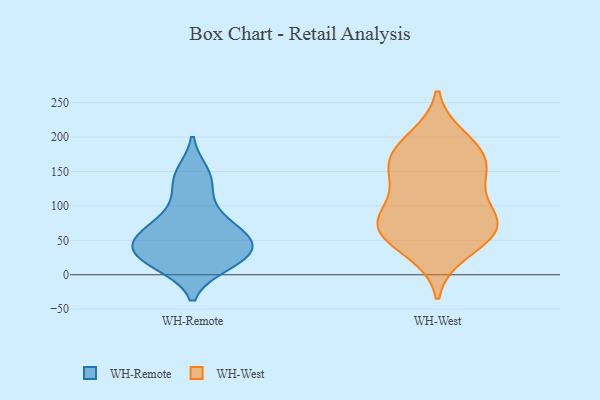
{"axis": {"x": "Page Views", "y": "Value"}, "legend": ["WH-Remote", "WH-West"], "data": [{"x": "", "y": 30, "type": "WH-Remote"}, {"x": "", "y": 90, "type": "WH-Remote"}, {"x": "", "y": 148, "type": "WH-Remote"}, {"x": "", "y": 15, "type": "WH-Remote"}, {"x": "", "y": 59, "type": "WH-Remote"}, {"x": "", "y": 44, "type": "WH-Remote"}, {"x": "", "y": 130, "type": "WH-Remote"}, {"x": "", "y": 34, "type": "WH-Remote"}, {"x": "", "y": 18, "type": "WH-Remote"}, {"x": "", "y": 50, "type": "WH-Remote"}, {"x": "", "y": 69, "type": "WH-Remote"}, {"x": "", "y": 67, "type": "WH-West"}, {"x": "", "y": 73, "type": "WH-West"}, {"x": "", "y": 64, "type": "WH-West"}, {"x": "", "y": 138, "type": "WH-West"}, {"x": "", "y": 59, "type": "WH-West"}, {"x": "", "y": 169, "type": "WH-West"}, {"x": "", "y": 34, "type": "WH-West"}, {"x": "", "y": 197, "type": "WH-West"}, {"x": "", "y": 87, "type": "WH-West"}, {"x": "", "y": 183, "type": "WH-West"}, {"x": "", "y": 143, "type": "WH-West"}, {"x": "", "y": 89, "type": "WH-West"}, {"x": "", "y": 162, "type": "WH-West"}]}